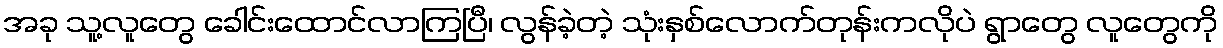
အခု သူ့လူတွေ ခေါင်းထောင်လာကြပြီ၊ လွန်ခဲ့တဲ့ သုံးနှစ်လောက်တုန်းကလိုပဲ ရွာတွေ လူတွေကို